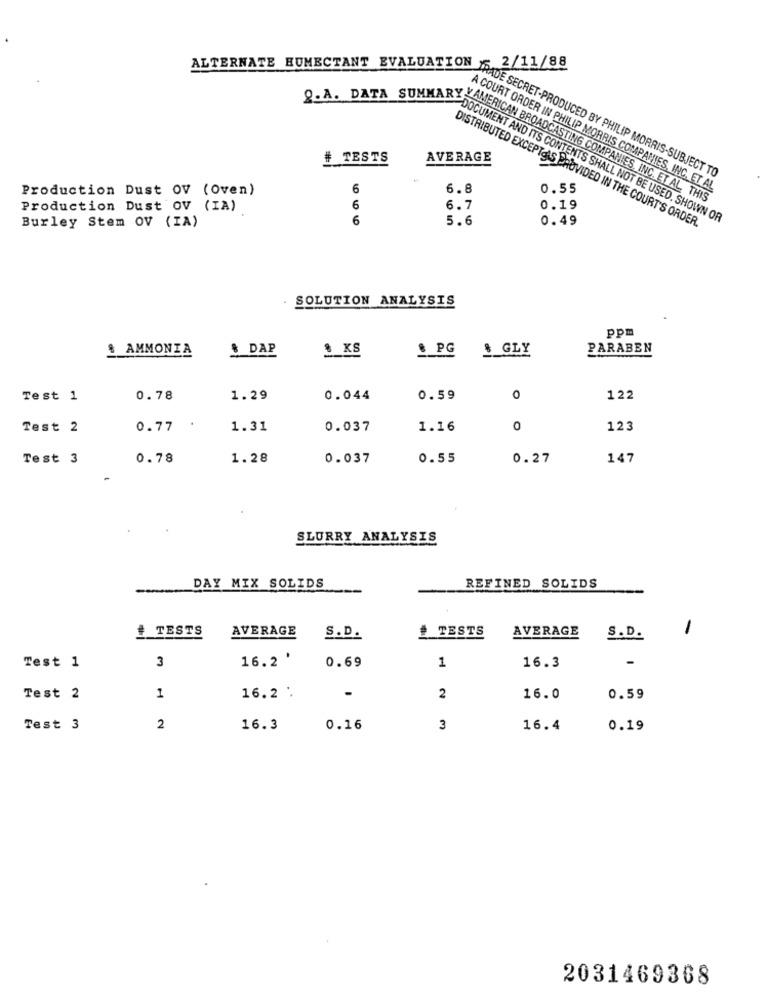
2/11/88
#
TESTS
AVERAGE
ALTERNATE HUMECTANT EVALUACACHE SECRET-PRODUCED BY PHILIP MORRIS-SUBJECT TO
Production Dust OV (Oven)
6
6.8
A COURT ORDER IN PHILIP MORRIS COMPANIES, INC. ET AL
0.55
Production Dust OV (IA)
2.A. DATA SUMMARY MERCAN BROADCASTING COMPANIES, INC. ET AL. THIS
6
6.7
0.19
6
5.6
R DOCUMENT AND ITS CONTENTS SHALL NOT BE USED. SHOWN OR
0.49
Burley Stem OV (IA)
DISTRIBUTED EXCEPTOAS PROVIDED IN THE COURT'S ORDER.
SOLUTION ANALYSIS
ppm
& AMMONIA
DAP
· KS
& PG
& GLY
PARABEN
Test 1
0.78
1.29
0.044
0.59
0
122
Test 2
0.77 .
1.31
0.037
1.16
0
123
Test 3
0.78
1.28
0.037
0.55
0.27
147
SLURRY ANALYSIS
DAY MIX SOLIDS
REFINED SOLIDS
+ TESTS
AVERAGE
TESTS
AVERAGE
S. D.
-
S.D.
3
16.2 '
0.69
16.3
-
Test 1
1
Test 2
1
16.2 .
2
16.0
0.59
Test 3
2
16.3
0.16
3
16.4
0.19
2031469368